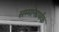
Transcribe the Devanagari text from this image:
सम्मानार्थक